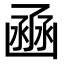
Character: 𠚚